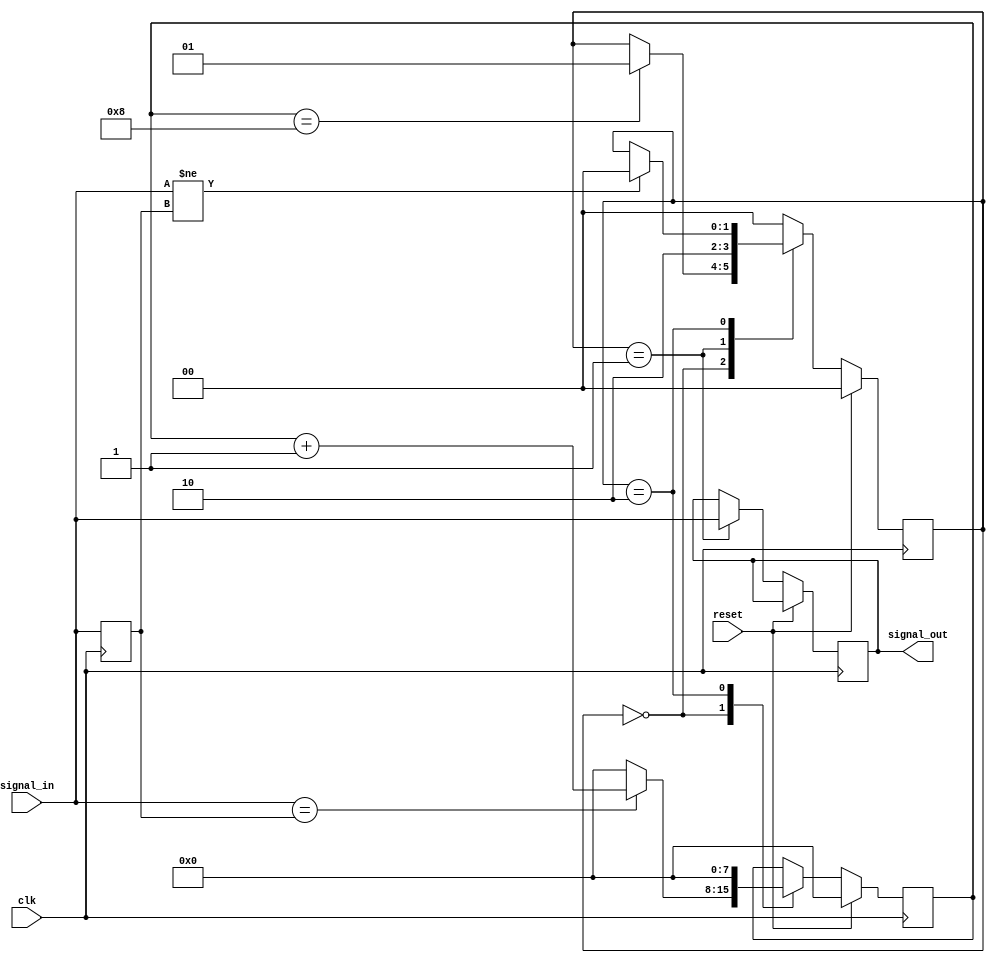
module debounce_circuit (
    input clk,
    input reset,
    input signal_in,
    output reg signal_out
);

reg [1:0] state;
reg [7:0] counter;
reg prev_signal;

parameter threshold = 8;

always @(posedge clk) begin
    if (reset) begin
        state <= 2'b00;
        counter <= 8'b0;
        prev_signal <= signal_in;
    end else begin
        prev_signal <= signal_in;

        case(state)
            2'b00: begin // WAIT
                if (signal_in == prev_signal) begin
                    counter <= counter + 1;
                end else begin
                    counter <= 8'b0;
                end

                if (counter == threshold) begin
                    state <= 2'b01; // OUTPUT
                end
            end
            2'b01: begin // OUTPUT
                signal_out <= signal_in;
                state <= 2'b10; // RESET
            end
            2'b10: begin // RESET
                counter <= 8'b0;
                if (signal_in != prev_signal) begin
                    state <= 2'b00; // WAIT
                end
            end
            default: state <= 2'b00; // Default to WAIT state
        endcase
    end
end

endmodule